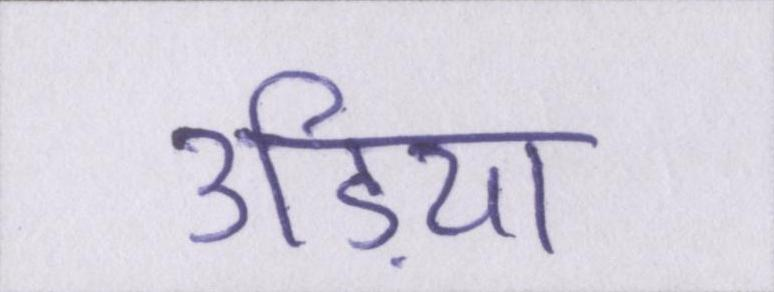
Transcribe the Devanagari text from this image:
उड़िया